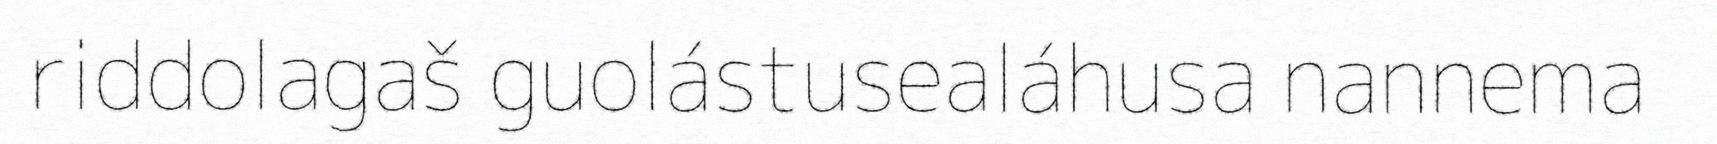
riddolagaš guolástusealáhusa nannema